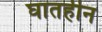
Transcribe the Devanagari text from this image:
घातहीन